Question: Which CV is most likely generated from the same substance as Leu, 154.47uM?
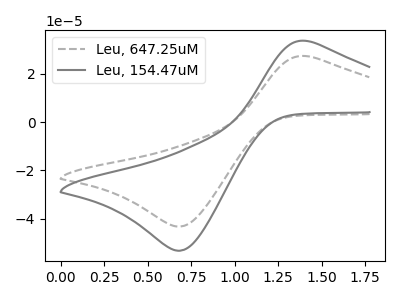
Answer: <think>The gray dashed curve "Leu, 647.25uM" has an anodic peak at (1.40V, 27.25uA) and a cathodic peak at (0.70V, -43.30uA). The gray curve "Leu, 154.47uM" has an anodic peak at (1.40V, 33.55uA) and a cathodic peak at (0.70V, -53.30uA).
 All the peaks in "Leu, 647.25uM" have a peak in "Leu, 154.47uM" at the same potential. Every peak in "Leu, 647.25uM" is lower than every peak in "Leu, 154.47uM".</think>
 <answer>The CV with the most similar shape to "Leu, 647.25uM" is "Leu, 154.47uM".</answer>
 <eval>"Leu, 154.47uM"</eval>